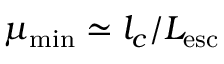
\mu _ { \mathrm { m i n } } \simeq l _ { c } / L _ { \mathrm { e s c } }